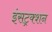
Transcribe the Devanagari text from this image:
इंसट्रक्शन